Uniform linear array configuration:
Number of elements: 4
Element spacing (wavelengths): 0.25
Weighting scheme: hann
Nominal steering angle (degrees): -45
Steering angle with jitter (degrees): -44.346
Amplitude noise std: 0.05
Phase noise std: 0.05

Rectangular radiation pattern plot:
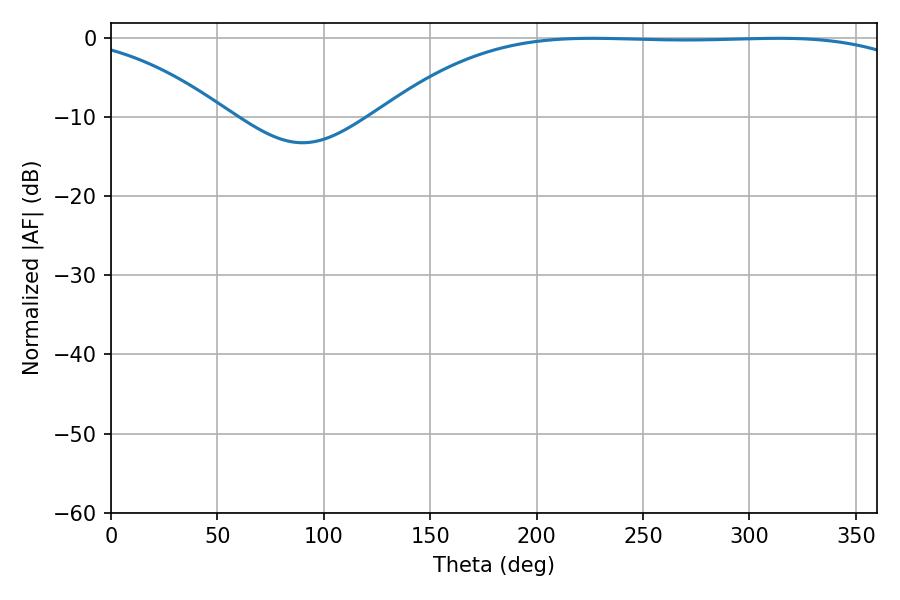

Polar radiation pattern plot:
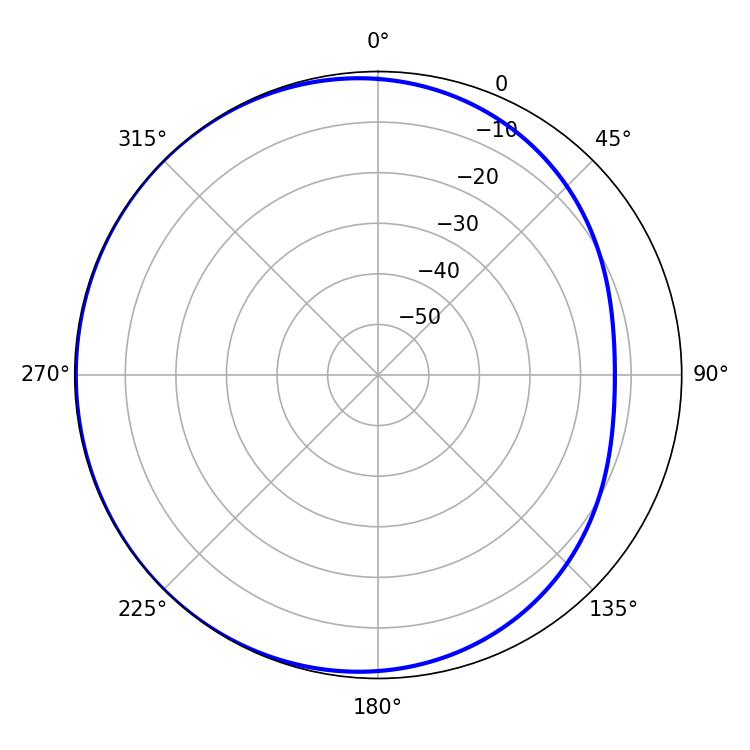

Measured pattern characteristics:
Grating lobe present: FALSE
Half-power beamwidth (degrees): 196.02
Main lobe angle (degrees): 226.26